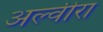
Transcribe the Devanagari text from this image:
अल्वीरा